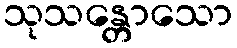
သုသန္တောသော